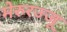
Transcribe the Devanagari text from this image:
मेरुरज्जू